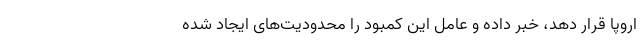
اروپا قرار دهد، خبر داده و عامل این کمبود را محدودیت‌های ایجاد شده